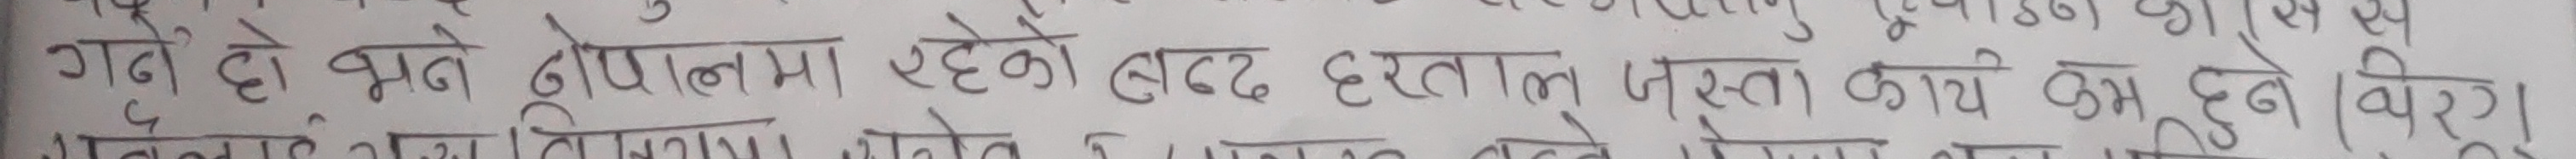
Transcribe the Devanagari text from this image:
गर्ने हो भने दोषमा रहेको बढ्द हडताल जस्ता कार्य कम हुने विराग ।